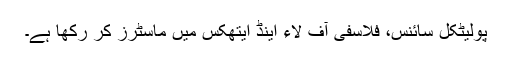
پولیٹکل سائنس، فلاسفی آف لاء اینڈ ایتھکس میں ماسٹرز کر رکھا ہے۔